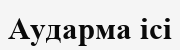
Аударма ісі